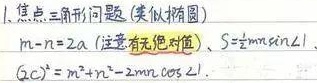
1、焦点三角形问题（类似椭圆）
\(m - n = 2a\)（注意有无绝对值）、\(S = \frac{1}{2}mn\sin\angle1\)
\((2c)^2 = m^2 + n^2 - 2mn\cos\angle1\)